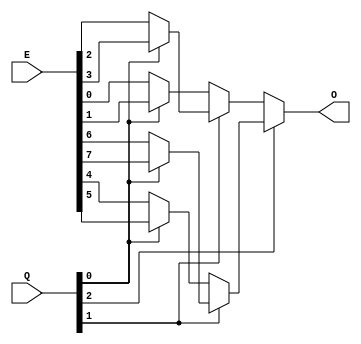
module MUX_8x1(Q,E,O);
input [2:0] Q;
input [7:0] E;
output O;
	assign O = Q[2] ? 
					(Q[1] ? 
						( (Q[0] ? (E[7]) : (E[6]) ) ) 
					:   ( (Q[0] ? (E[5]) : (E[4]) )) ) 
				  : (Q[1] ? 
						( (Q[0] ? (E[3]) : (E[2]) )) 
					:   ( (Q[0] ? (E[1]) : (E[0]) )));
endmodule